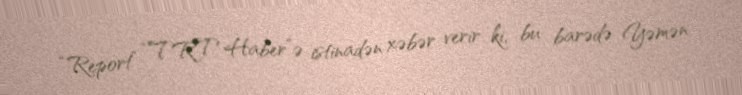
“Report” “TRT Haber”ə istinadən xəbər verir ki, bu barədə Yəmən